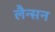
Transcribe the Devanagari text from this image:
लैन्सन